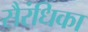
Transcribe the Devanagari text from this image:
सैरंधिका